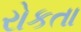
રોકતા